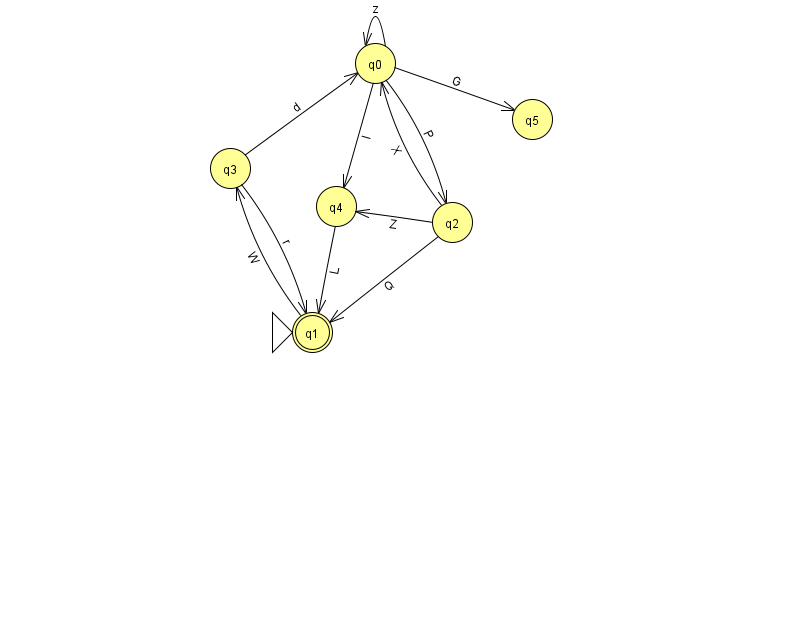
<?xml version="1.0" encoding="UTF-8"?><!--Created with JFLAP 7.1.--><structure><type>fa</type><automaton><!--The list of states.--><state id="0" name="q0"><x>375.0</x><y>50.0</y></state><state id="1" name="q1"><x>312.0</x><y>319.0</y><initial/><final/></state><state id="2" name="q2"><x>452.0</x><y>209.0</y></state><state id="3" name="q3"><x>230.0</x><y>155.0</y></state><state id="4" name="q4"><x>336.0</x><y>193.0</y></state><state id="5" name="q5"><x>532.0</x><y>106.0</y></state><!--The list of transitions.--><transition><from>3</from><to>1</to><read>r</read></transition><transition><from>4</from><to>1</to><read>L</read></transition><transition><from>3</from><to>0</to><read>d</read></transition><transition><from>1</from><to>3</to><read>W</read></transition><transition><from>2</from><to>0</to><read>X</read></transition><transition><from>0</from><to>4</to><read>I</read></transition><transition><from>0</from><to>0</to><read>z</read></transition><transition><from>0</from><to>5</to><read>G</read></transition><transition><from>2</from><to>4</to><read>Z</read></transition><transition><from>0</from><to>2</to><read>P</read></transition><transition><from>2</from><to>1</to><read>Q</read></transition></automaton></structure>